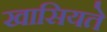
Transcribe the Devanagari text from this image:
खासियते